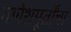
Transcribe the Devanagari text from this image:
गणेशमूर्तींचा